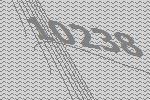
10238